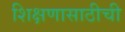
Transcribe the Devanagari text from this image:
शिक्षणासाठीची